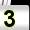
Digit: 3